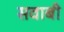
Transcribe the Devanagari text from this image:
सवाबी